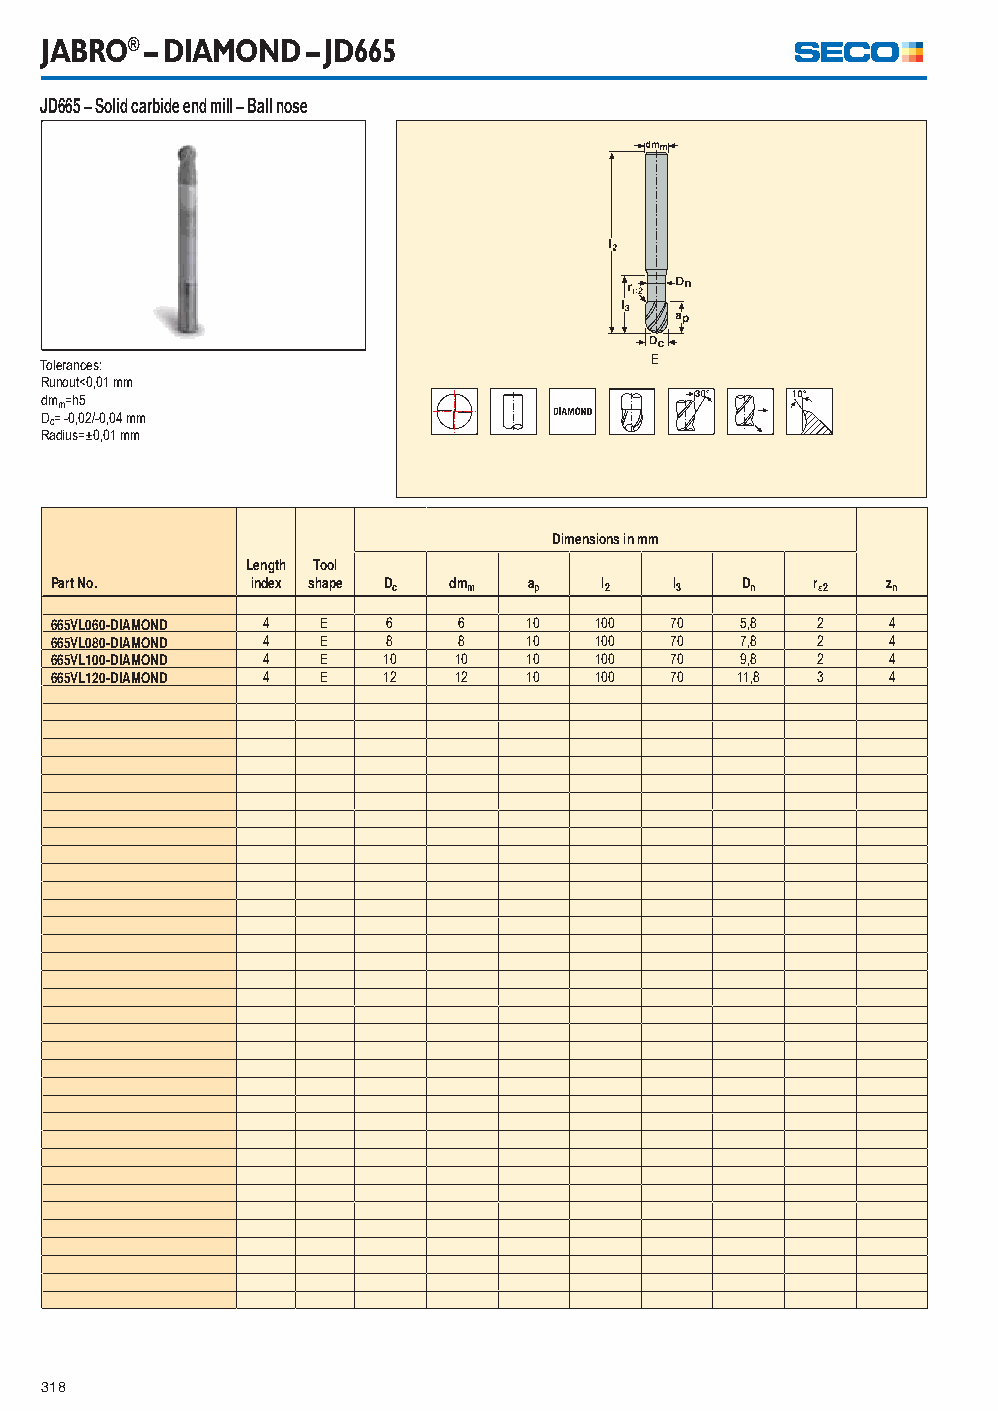
JABRO® – DIAMOND – JD665
 JD665 – Solid carbide end mill – Ball nose
 Tolerances:                             E
 Runout<0,01 mm
 dmm=h5
 Dc= -0,02/-0,04 mm
 Radius=±0,01 mm
 Dimensions in mm
 Length Tool
 Part No.      index shape Dc dmm ap  l2   l3  Dn   r2  zn
 665VL060-DIAMOND 4 E   6   6    10  100  70   5,8  2    4
 665VL080-DIAMOND 4 E   8   8    10  100  70   7,8  2    4
 665VL100-DIAMOND 4 E  10   10   10  100  70   9,8  2    4
 665VL120-DIAMOND 4 E  12   12   10  100  70   11,8 3    4
 318